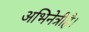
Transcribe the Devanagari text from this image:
अभिनेत्रीहै।